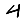
Digit: 4